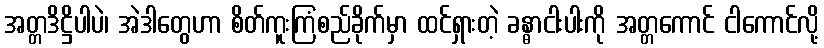
အတ္တဒိဋ္ဌိပါပဲ၊ အဲဒါတွေဟာ စိတ်ကူးကြံစည်ခိုက်မှာ ထင်ရှားတဲ့ ခန္ဓာငါးပါးကို အတ္တကောင် ငါကောင်လို့